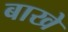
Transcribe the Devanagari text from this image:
बाखे